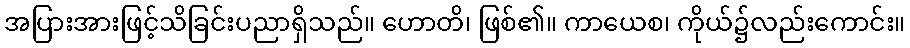
အပြားအားဖြင့်သိခြင်းပညာရှိသည်။ ဟောတိ၊ ဖြစ်၏။ ကာယေစ၊ ကိုယ်၌လည်းကောင်း။